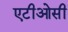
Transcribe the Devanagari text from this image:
एटीओसी